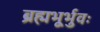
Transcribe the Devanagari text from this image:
ब्रह्मभूर्भुवः